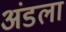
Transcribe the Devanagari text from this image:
अंडला